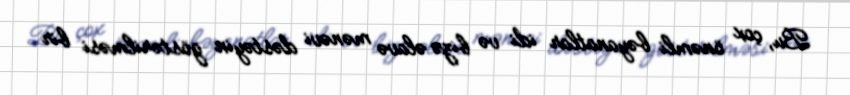
Bu, çox önəmli bəyanatlar idi və bizə əlavə mənəvi dəstəyin göstərilməsi bir